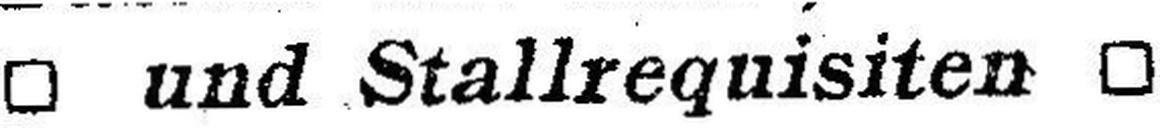
□ und Stallrequisiten □